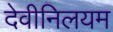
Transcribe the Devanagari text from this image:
देवीनिलयम